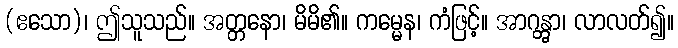
(ဧသော)၊ ဤသူသည်။ အတ္တနော၊ မိမိ၏။ ကမ္မေန၊ ကံဖြင့်။ အာဂန္တွာ၊ လာလတ်၍။